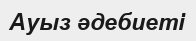
Ауыз әдебиеті